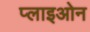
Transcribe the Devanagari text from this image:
प्लाइओन